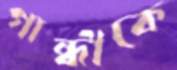
গান্ধীকে